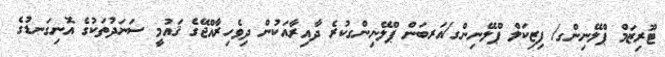
ޓޫރިޒަމް ޕްލޭނިންގ/ ފިޒިކަލް ޕްލޭނިންގ/އަރބަން ޕްލޭނިންގކުރެ ދާއިރާއަކުން ދިވެހިރާއްޖޭގެ ޤައުމީ ސަނަދުތަކުގެ އޮނިގަނޑުގެ